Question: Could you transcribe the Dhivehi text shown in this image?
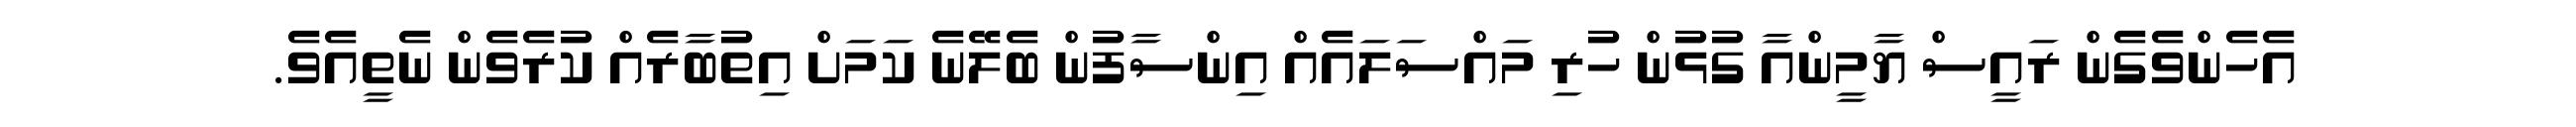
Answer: އެހެންވެގެން ރައީސް ޔާމީންއާ ގުޅުން ހުރި މައްސަލައެއް އިންސާފުން ބެލޭނެ ކަމަށް އިތުބާރެއް ކުރެވެން ނެތީއެވެ.